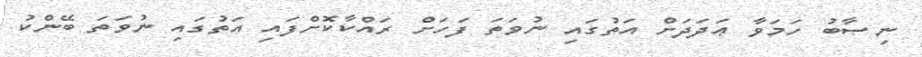
ނިޞާބު ހަމަވާ ޢަދަދަށް އަތުގައި ނުވަތަ ފަހަށް ރައްކާކޮށްފައި އަތުގައި ނުވަތަ ބޭންކު